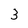
Character: 3